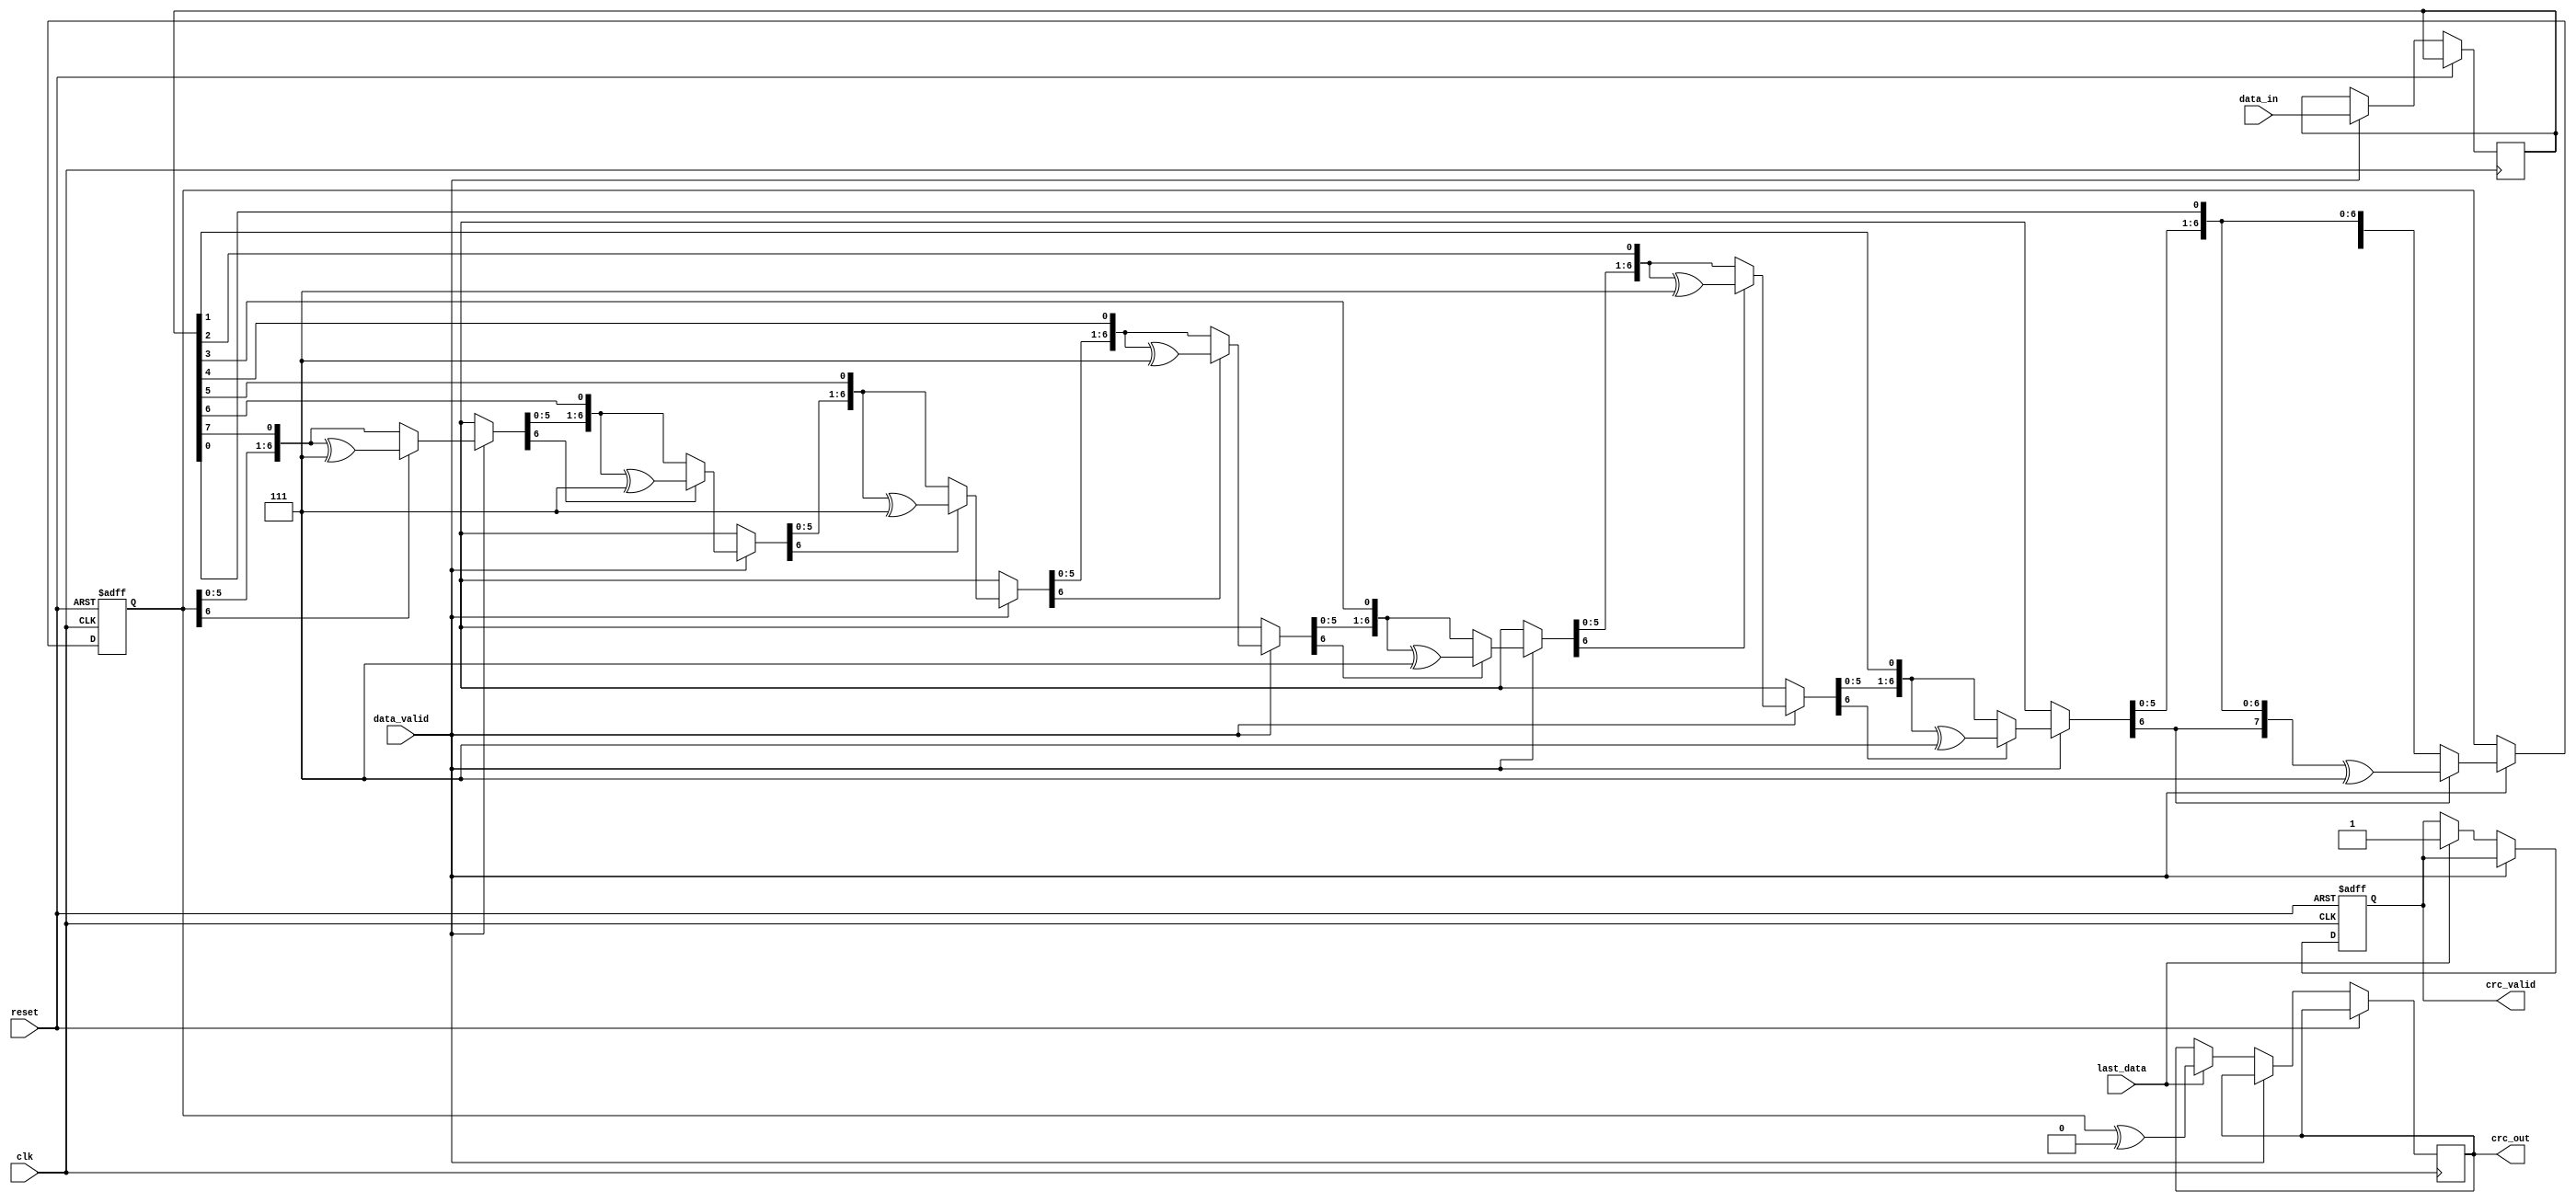
module parameterized_crc #(
    parameter CRC_WIDTH = 8,              // Width of the CRC output
    parameter POLY = 8'h07,                // Polynomial for CRC calculation
    parameter INIT_VALUE = 8'hFF,          // Initial value of the CRC register
    parameter REFLECT_INPUT = 1'b0,        // Reflect input data
    parameter REFLECT_OUTPUT = 1'b0,       // Reflect output CRC
    parameter FINAL_XOR_VALUE = 8'h00      // Final XOR value
)(
    input wire clk,                        // Clock signal
    input wire reset,                      // Asynchronous reset
    input wire [7:0] data_in,             // Data input stream (8 bits)
    input wire data_valid,                 // Data valid signal
    input wire last_data,                  // Last data signal
    output reg [CRC_WIDTH-1:0] crc_out,   // Computed CRC value
    output reg crc_valid                   // CRC output valid signal
);

    reg [CRC_WIDTH-1:0] crc_reg;          // Internal CRC register
    reg [7:0] data_shift;                  // Temporary storage for shifting data bits
    integer bit_counter;                   // Counter for processed bits

    // Function to reflect bits
    function [7:0] reflect;
        input [7:0] data;
        integer i;
        begin
            for (i = 0; i < 8; i = i + 1) begin
                reflect[i] = data[7 - i];
            end
        end
    endfunction

    // CRC calculation process
    always @(posedge clk or posedge reset) begin
        if (reset) begin
            crc_reg <= INIT_VALUE;
            crc_valid <= 1'b0;
            bit_counter <= 0;
        end else if (data_valid) begin
            // Reflect input if needed
            data_shift <= REFLECT_INPUT ? reflect(data_in) : data_in;

            // Process each bit of the input data
            for (bit_counter = 0; bit_counter < 8; bit_counter = bit_counter + 1) begin
                // Shift CRC register
                crc_reg = {crc_reg[CRC_WIDTH-2:0], data_shift[7 - bit_counter]};
                // Check if the highest bit of CRC register is set
                if (crc_reg[CRC_WIDTH-1]) begin
                    crc_reg = crc_reg ^ POLY;
                end
            end
        end else if (last_data) begin
            // Finalize CRC calculation
            crc_out <= REFLECT_OUTPUT ? reflect(crc_reg) ^ FINAL_XOR_VALUE : crc_reg ^ FINAL_XOR_VALUE;
            crc_valid <= 1'b1; // Indicate CRC output is valid
        end
    end

endmodule